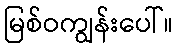
မြစ်ဝကျွန်းပေါ်။